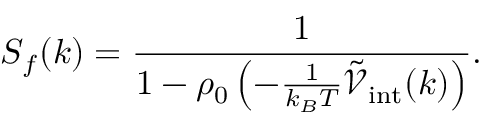
S _ { f } ( k ) = \frac { 1 } { 1 - \rho _ { 0 } \left( - \frac { 1 } { k _ { B } T } \tilde { \mathcal { V } } _ { \mathrm { i n t } } ( k ) \right) } .